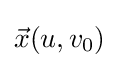
{\vec {x}}(u,v_{0})